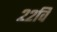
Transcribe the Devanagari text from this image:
२२वि